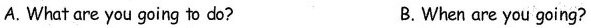
A.What are you going to do? B.When are you going?